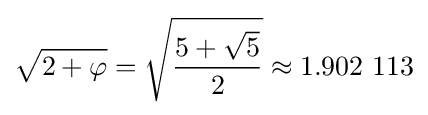
{\sqrt {2+\varphi }}={\sqrt {\frac {5+{\sqrt {5}}}{2}}}\approx 1.902~113